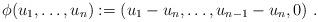
LaTeX: \begin{align*}\phi(u_1,\ldots,u_n):=(u_1-u_n,\ldots,u_{n-1}-u_n,0)\ .\end{align*}